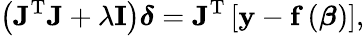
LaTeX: \left(\mathbf{J}^{\mathrm{T}}\mathbf{J}+\lambda\mathbf{I}\right){\boldsymbol{\delta}}=\mathbf{J}^{\mathrm{T}}\left[\mathbf{y}-\mathbf{f}\left({\boldsymbol{\beta}}\right)\right],